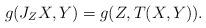
LaTeX: \begin{align*}g(J_Z X,Y)=g(Z,T(X,Y)).\end{align*}